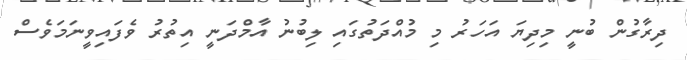
ދިރާގުން ބުނީ މިދިޔަ އަހަރު މި މުއްދަތުގައި ލިބުނު އާމްދަނީ އިތުރު ވެފައިވީނަމަވެސް